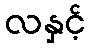
လနှင့်